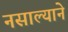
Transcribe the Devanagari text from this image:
नसाल्याने